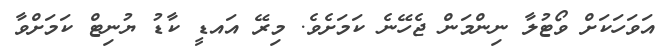
އަވަހަކަށް ވޯޓުލާ ނިންމަން ޖެހޭނެ ކަމަށެވެ. މިރޭ އައޑީ ކާޑު ޔުނިޓް ކަމަށްވާ